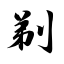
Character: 剃